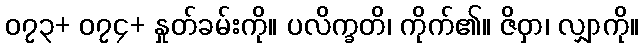
၀၇၃+ ၀၇၄+ နှုတ်ခမ်းကို။ ပလိက္ခတိ၊ ကိုက်၏။ ဇိဝှာ၊ လျှာကို။